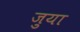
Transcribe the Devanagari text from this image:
ज़ुया